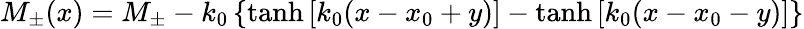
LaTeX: M_{\pm}(x)=M_{\pm}-k_{0}\left\{ \operatorname{tanh}\left[k_{0}(x-x_{0}+y)\right]-\operatorname{tanh}\left[k_{0}(x-x_{0}-y)\right]\right\}